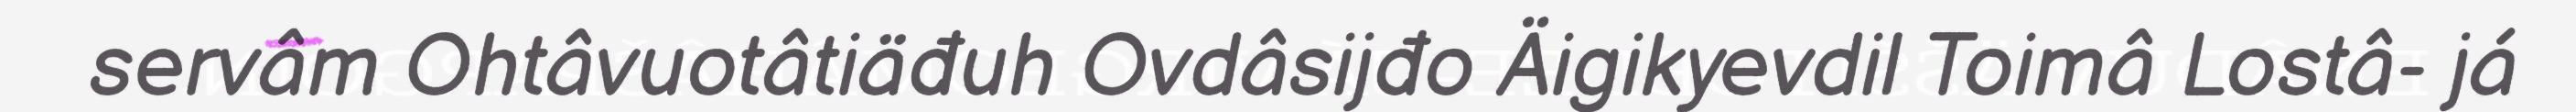
servâm Ohtâvuotâtiäđuh Ovdâsijđo Äigikyevdil Toimâ Lostâ- já